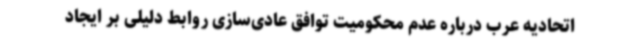
اتحادیه عرب درباره عدم محکومیت توافق عادی‌سازی روابط دلیلی بر ایجاد